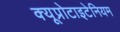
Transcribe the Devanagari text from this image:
क्यूप्रोटाइटेनियम